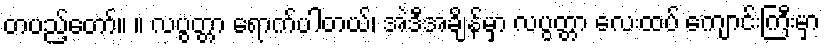
တပည့်တော်။ ။ လပွတ္တာ ရောက်ပါတယ်၊ အဲဒီအချိန်မှာ လပွတ္တာ လေးထပ် ကျောင်းကြီးမှာ